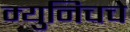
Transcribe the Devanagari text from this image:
म्युनिचचे